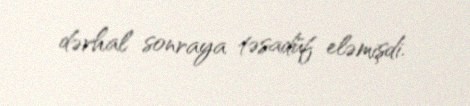
dərhal sonraya təsadüf eləmişdi.